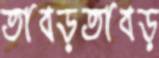
তাবড়তাবড়